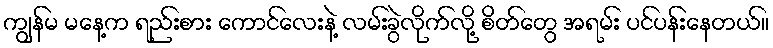
ကျွန်မ မနေ့က ရည်းစား ကောင်လေးနဲ့ လမ်းခွဲလိုက်လို့ စိတ်တွေ အရမ်း ပင်ပန်းနေတယ်။